Source: Handwritten
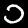
Digit: ၁ (1)